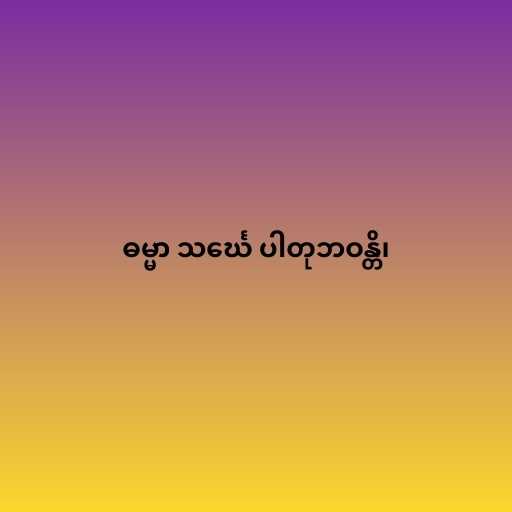
ဓမ္မာ သင်္ဃေ ပါတုဘဝန္တိ၊